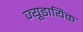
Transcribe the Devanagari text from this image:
ज्यूडायिक